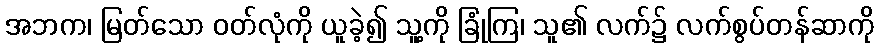
အဘက၊ မြတ်သော ဝတ်လုံကို ယူခဲ့၍ သူ့ကို ခြုံကြ၊ သူ၏ လက်၌ လက်စွပ်တန်ဆာကို